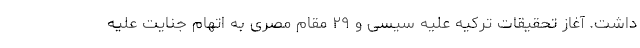
داشت. آغاز تحقیقات ترکیه علیه سیسی و ۲۹ مقام مصری به اتهام جنایت علیه